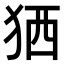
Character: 𤞏